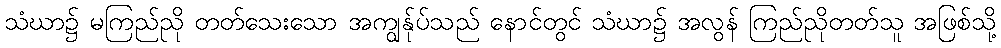
သံဃာ၌ မကြည်ညို တတ်သေးသော အကျွန်ုပ်သည် နောင်တွင် သံဃာ၌ အလွန် ကြည်ညိုတတ်သူ အဖြစ်သို့